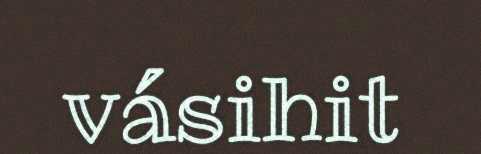
vásihit